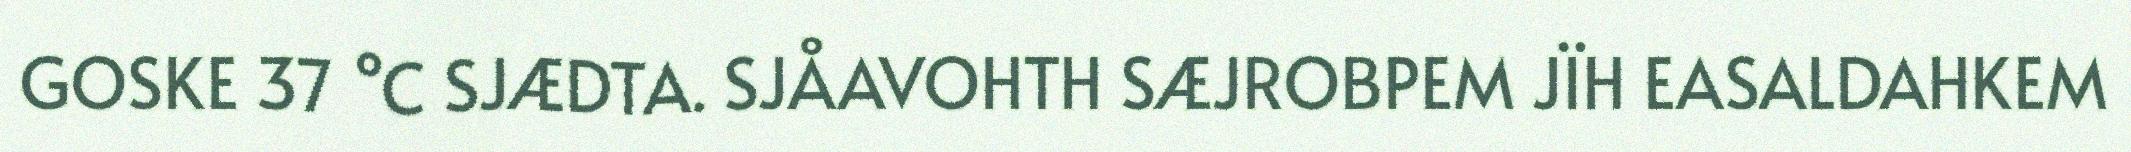
GOSKE 37 °C SJÆDTA. SJÅAVOHTH SÆJROBPEM JÏH EASALDAHKEM